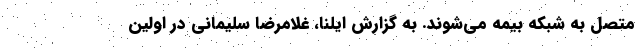
متصل به شبکه بیمه می‌شوند. به گزارش ایلنا، غلامرضا سلیمانی در اولین